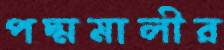
পদ্মমালীর